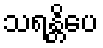
သရန္တိပေ